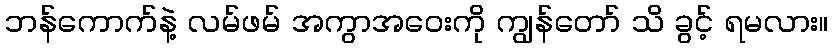
ဘန်ကောက်နဲ့ လမ်ဖမ် အကွာအဝေးကို ကျွန်တော် သိ ခွင့် ရမလား။